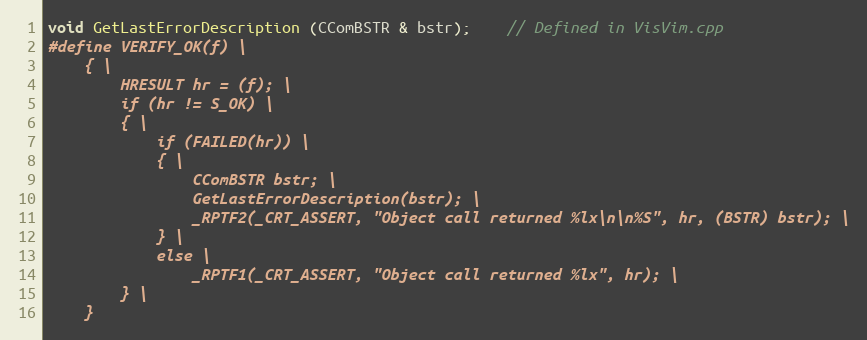
Language: C
void GetLastErrorDescription (CComBSTR & bstr);	// Defined in VisVim.cpp
#define VERIFY_OK(f) \
	{ \
		HRESULT hr = (f); \
		if (hr != S_OK) \
		{ \
			if (FAILED(hr)) \
			{ \
				CComBSTR bstr; \
				GetLastErrorDescription(bstr); \
				_RPTF2(_CRT_ASSERT, "Object call returned %lx\n\n%S", hr, (BSTR) bstr); \
			} \
			else \
				_RPTF1(_CRT_ASSERT, "Object call returned %lx", hr); \
		} \
	}